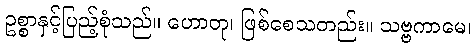
ဥစ္စာနှင့်ပြည့်စုံသည်။ ဟောတု၊ ဖြစ်စေသတည်း။ သဗ္ဗကာမေ၊